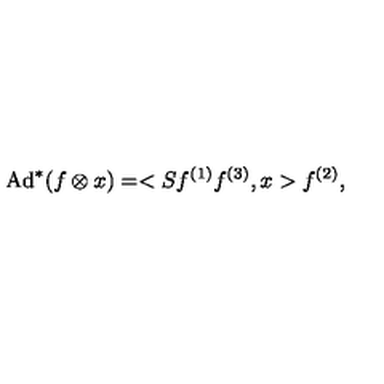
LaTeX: \mathrm { A d } ^ { * } ( f \otimes x ) = < S f ^ { ( 1 ) } f ^ { ( 3 ) } , x > f ^ { ( 2 ) } ,